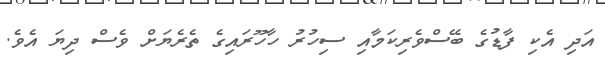
އަދި އެކި ފާޑުގެ ބޭސްވެރިކަމާއި ސިހުރު ހާހޫރައިގެ ތެރެޔަށް ވެސް ދިޔަ އެވެ.